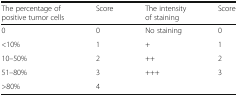
<table><thead><tr><td><b>The percentage of positive tumor cells</b></td><td><b>Score</b></td><td><b>The intensity of staining</b></td><td><b>Score</b></td></tr></thead><tbody><tr><td>0</td><td>0</td><td>No staining</td><td>0</td></tr><tr><td>&lt;10%</td><td>1</td><td>+</td><td>1</td></tr><tr><td>10–50%</td><td>2</td><td>++</td><td>2</td></tr><tr><td>51–80%</td><td>3</td><td>+++</td><td>3</td></tr><tr><td>&gt;80%</td><td>4</td><td></td><td></td></tr></tbody></table>